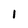
Character: 1